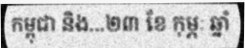
កម្ពុជា និង...២៣ ខែ កុម្ភៈ ឆ្នាំ